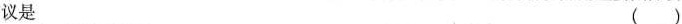
议是()